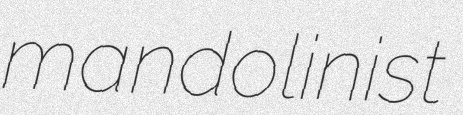
mandolinist